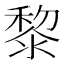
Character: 黎